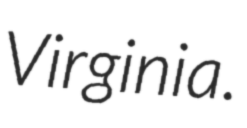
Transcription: Virginia.